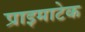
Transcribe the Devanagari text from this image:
प्राइमाटेक